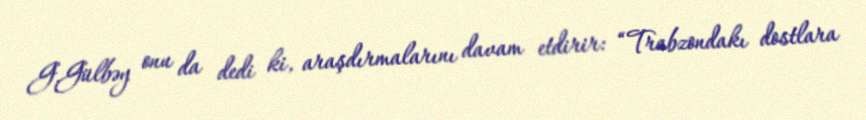
G.Gülbəy onu da dedi ki, araşdırmalarını davam etdirir: “Trabzondakı dostlara